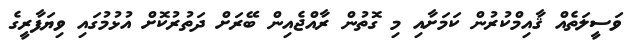
ވަސީލަތެއް ޤާއިމްކުރުން ކަމަށާއި މި ގޮތުން ރާއްޖެއިން ބޭރަށް ދަތުރުކޮށް އުޅުމުގައި ވިޔަފާރީގެ